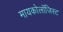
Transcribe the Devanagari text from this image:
मायकोलॉजिस्ट